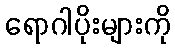
ရောဂါပိုးများကို